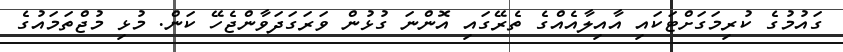
ގައުމުގެ ކުރިމަގަށްޓަކައި އާއިލާއެއްގެ ތެރޭގައި އޮންނަ ގުޅުން ވަރަގަދަވާންޖެހޭ ކަން. މުޅި މުޖްތަމައުގެ